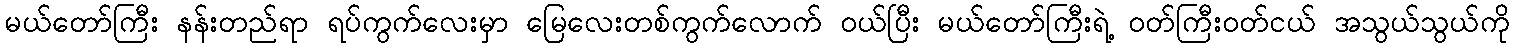
မယ်တော်ကြီး နန်းတည်ရာ ရပ်ကွက်လေးမှာ မြေလေးတစ်ကွက်လောက် ဝယ်ပြီး မယ်တော်ကြီးရဲ့ ဝတ်ကြီးဝတ်ငယ် အသွယ်သွယ်ကို